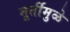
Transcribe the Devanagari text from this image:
मूर्तीमुळे